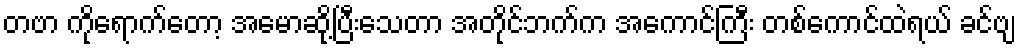
တဗာ ကိုရောက်တော့ အမောဆို့ပြီးသေတာ အတိုင်ဘက်က အကောင်ကြီး တစ်ကောင်ထဲရယ် ခင်ဗျ